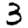
Digit: 3